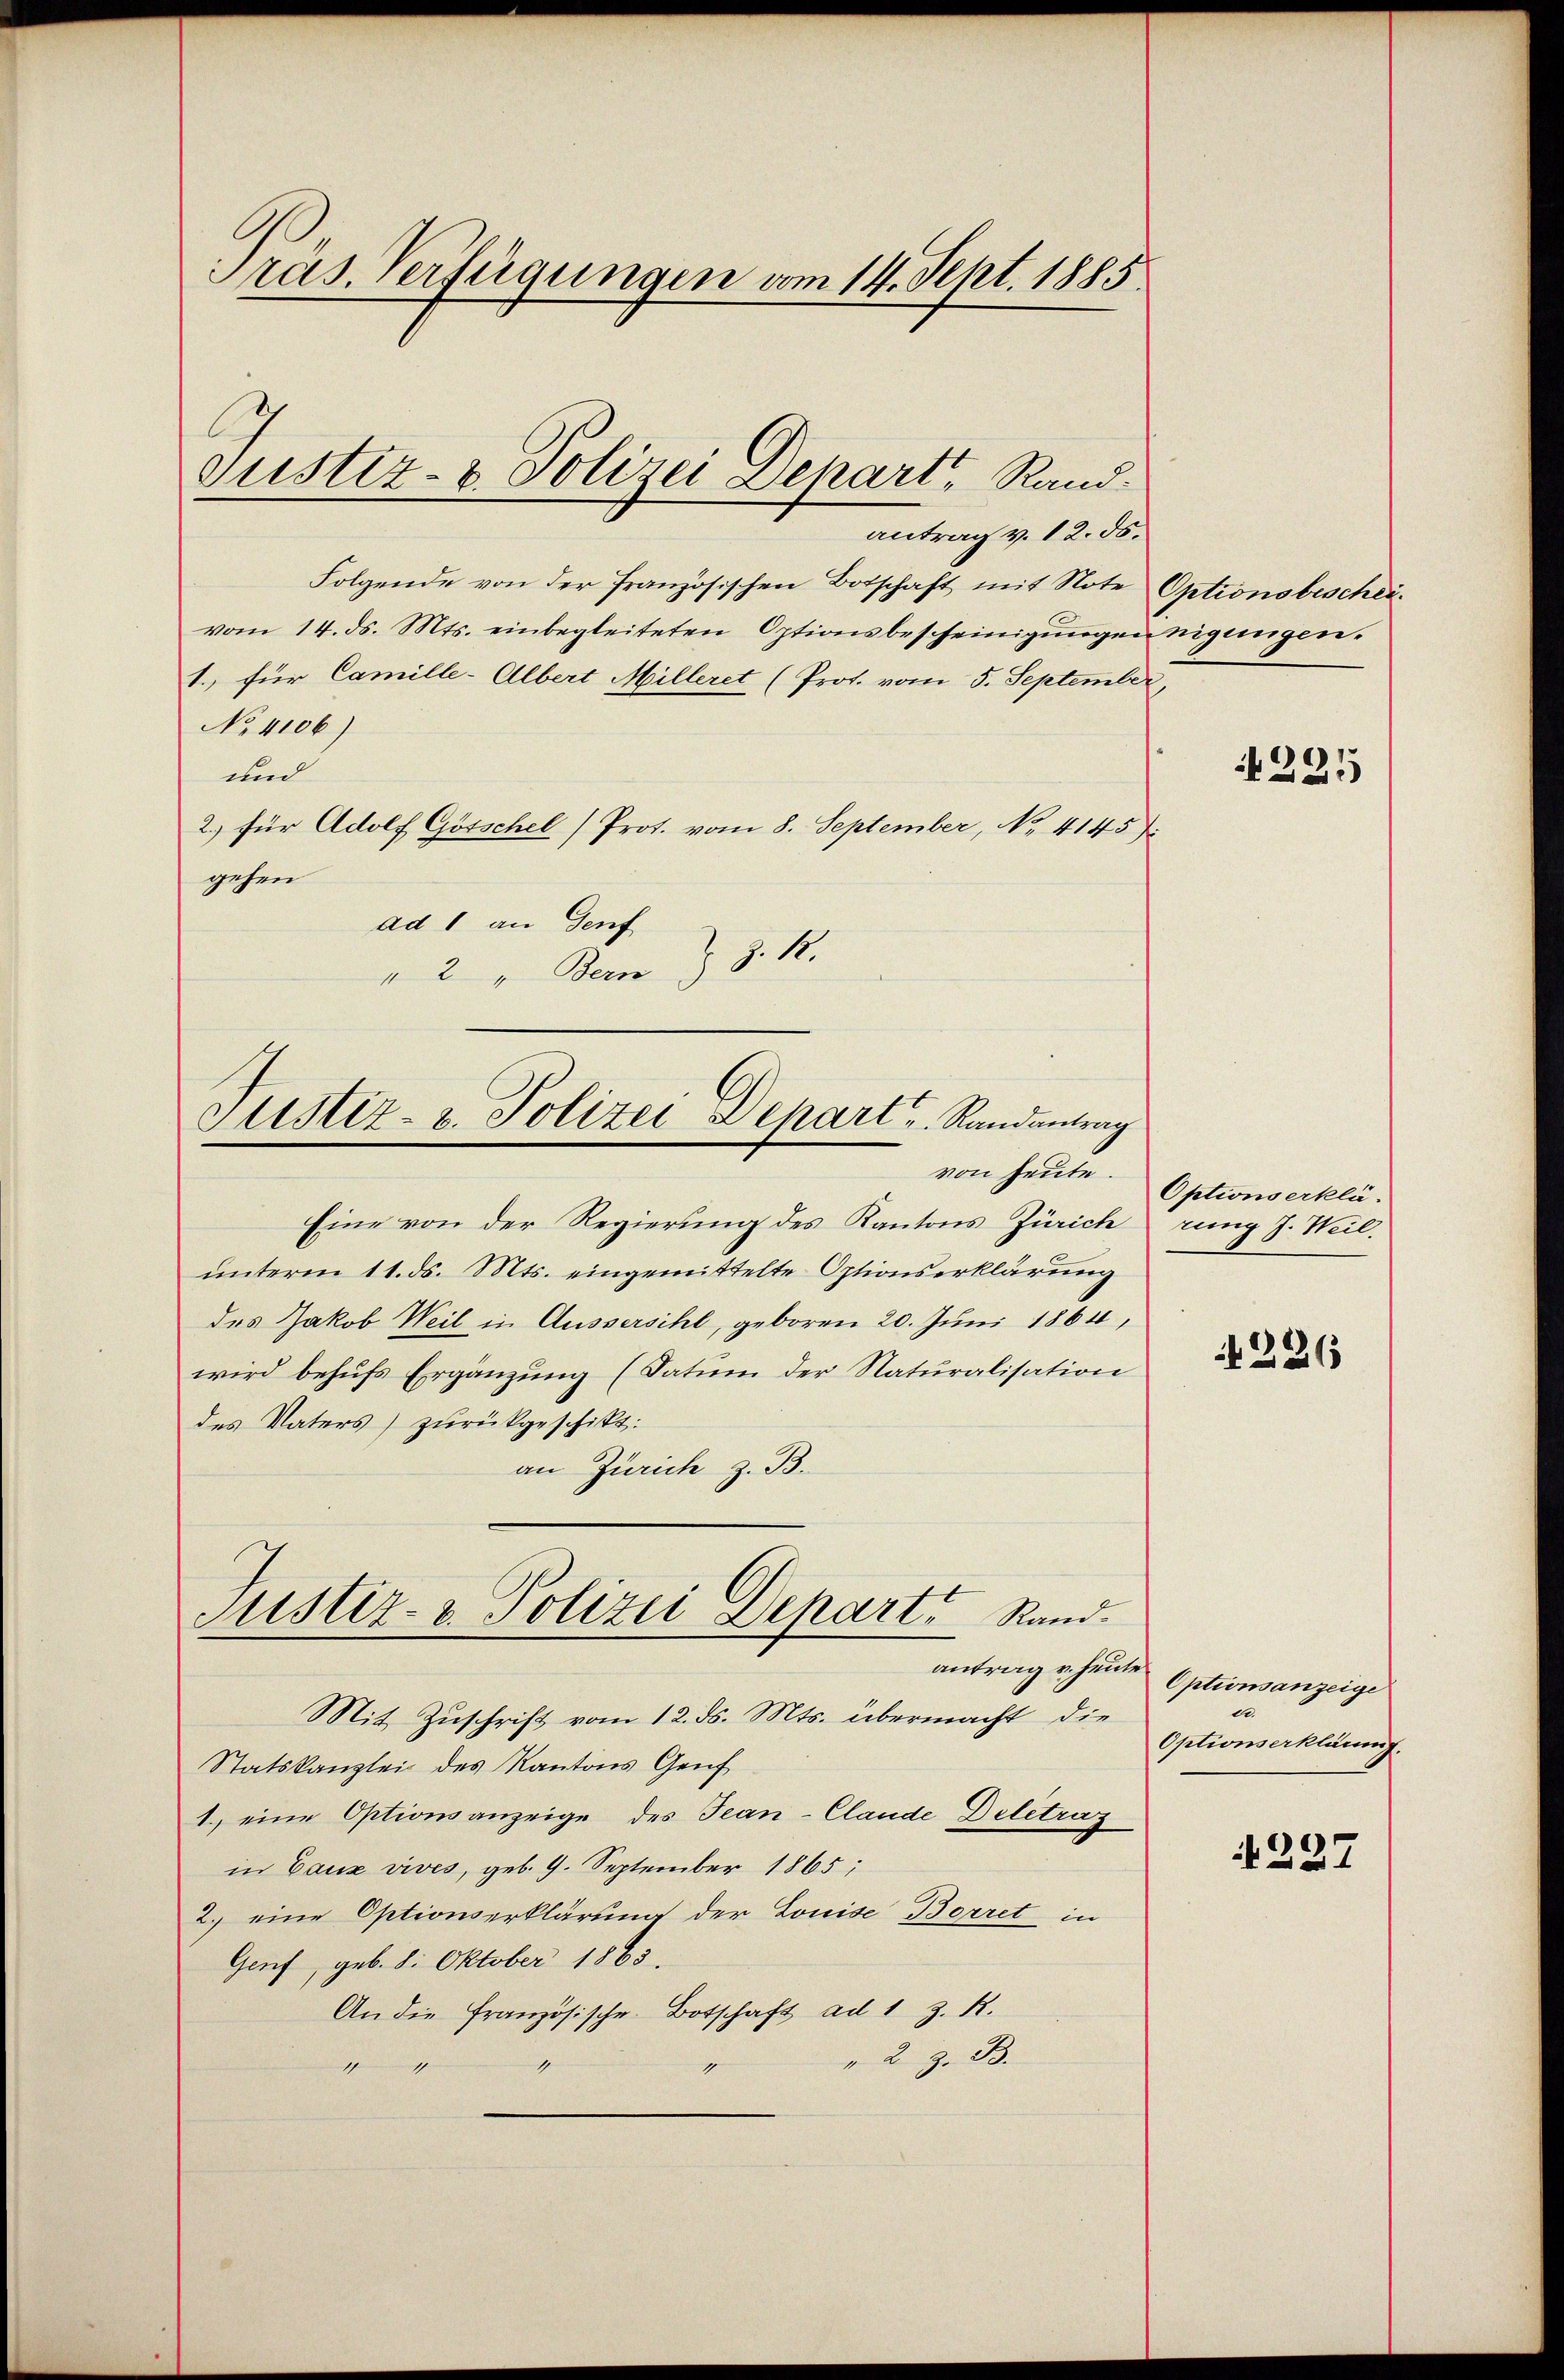
Präs. Verfügungen vom 14. Sept. 1885

Justiz- & Polizei Depart, Rand.

antrag v. 12. ds.
Folgende von der französischen Botschaft mit Note Optionsbescheivom 14. ds. Mts. einbegleiteten Optionsbescheinigŭngen nigungen.
1., für Camille-Albert Milleret (Prot. vom 5. September
No 4106)
und
2.) für Adolf Götschel (Prot. vom 8. September, No. 4145).
gehen
ad 1 an Genf
" 2 " Bern J. R.

Justiz- u. Polizei Depart. Randantrag
von heute.

Eine von der Regierung des Kantons Zürich
unterm 11. ds. Mts. eingemittelte Optionserklärung
des Jakob Weil in Aussersihl, geboren 20. Juni 1864,
wird behufs Ergänzung (Datum der Naturalisation
des Vaters) zurückgeschikt:
an Zürich z. B.
Mit Zuschrift vom 12. ds. Mts. übermacht, die
Statskanzlei des Kantons Genf
1.) eine Optionsanzeige des Jean-Clande Deletrag
in Cauz vives, geb. 9. September 1865;
2.) eine Optionserklärung der Louise Borret in
Genf, geb. 8. Oktober 1863.
An die Französische Botschaft ad 1 z. R.
"2 z. B.
1
1

Justiz- & Polizei Depart Rand.
antrag u. heute

225

Optionserklärung J. Weil.

226

Optionsanzeige
er
Optionserklamms.

N 227